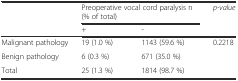
| <ROWSPAN=2>  | <COLSPAN=2> Preoperative vocal cord paralysis n (% of total) | <ROWSPAN=2> p-value |
 | + | - |
 | --- | --- | --- | --- |
 | Malignant pathology | 19 (1.0 %) | 1143 (59.6 %) | <ROWSPAN=2> 0.2218 |
 | Benign pathology | 6 (0.3 %) | 671 (35.0 %) |
 | Total | 25 (1.3 %) | 1814 (98.7 %) |  |